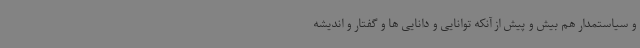
و سیاستمدار هم بیش و پیش از آنکه توانایی و دانایی ها و گفتار و اندیشه